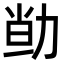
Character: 𠡱